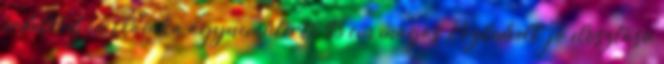
érdeklődjön Claudia ágyneműtertó 93 cm magas Közkedvelt, jó elosztású